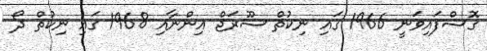
ގޮސްފައިވަނީ 1966 ގައި ނިކުތް ސޫރަޖް އިންނާއި 1968 ގައި ނިކުތް ދޯ